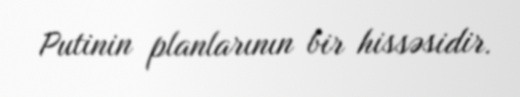
Putinin planlarının bir hissəsidir.